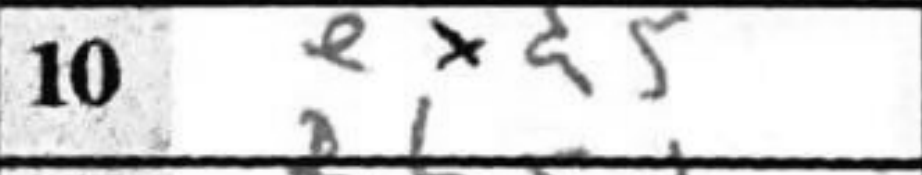
Transcription: exd5